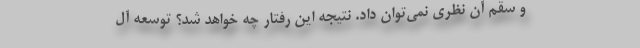
و سقم آن نظری نمی‌توان داد. نتیجه این رفتار چه خواهد شد؟ توسعه آل